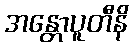
အန္တောပူတီနိ